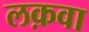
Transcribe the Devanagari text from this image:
लक़वा